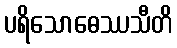
ပရိသောဓေဿသီတိ